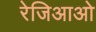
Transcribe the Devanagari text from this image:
रेजिआओ